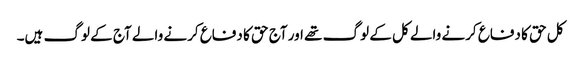
کل حق کا دفاع کرنے والے کل کے لوگ تھے اور آج حق کا دفاع کرنے والے آج کے لوگ ہیں۔